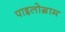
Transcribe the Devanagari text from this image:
पाइलोग्राम